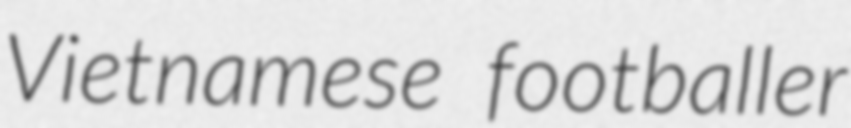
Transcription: Vietnamese footballer